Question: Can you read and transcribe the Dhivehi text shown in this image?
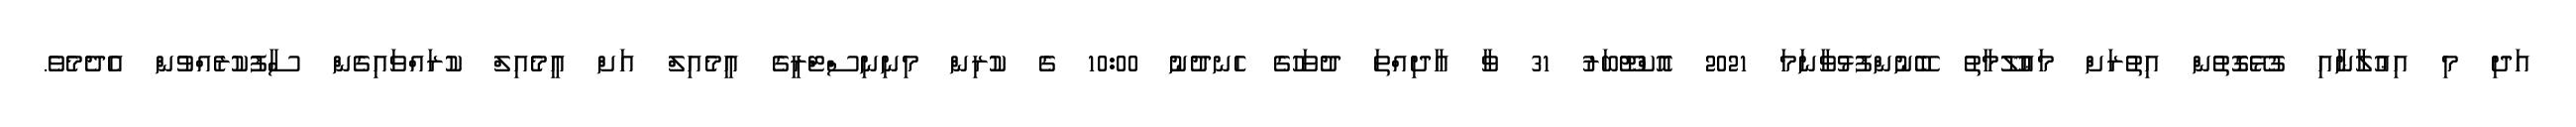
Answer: އަދި މި އިޢުލާނާއި ގުޅޭގޮތުން އިތުރަށް މަޢުލޫމާތު ބޭނުންފުޅުވާނަމަ 2021 އޮކްޓޫބަރު 31 ވާ އާދިއްތަ ދުވަހުގެ ހެނދުނު 10:00 ގެ ކުރިން މިނިނިސްޓްރީގެ އީމެއިލް އަށް އީމެއިލް ކުރައްވައިގެން ސާފުކުރެއްވުން އެދެމެވެ.